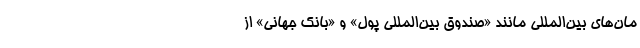
مان‌های بین‌المللی مانند «صندوق بین‌المللی پول» و «بانک جهانی» از